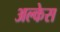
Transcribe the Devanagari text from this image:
अल्केस